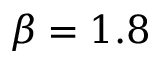
\beta = 1 . 8